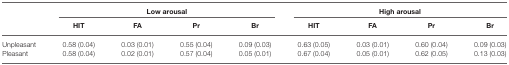
<table><thead><tr><td></td><td colspan="4"><b>Low arousal</b></td><td colspan="4"><b>High arousal</b></td></tr><tr><td></td><td><b>HIT</b></td><td><b>FA</b></td><td><b>Pr</b></td><td><b>Br</b></td><td><b>HIT</b></td><td><b>FA</b></td><td><b>Pr</b></td><td><b>Br</b></td></tr></thead><tbody><tr><td>Unpleasant</td><td>0.58 (0.04)</td><td>0.03 (0.01)</td><td>0.55 (0.04)</td><td>0.09 (0.03)</td><td>0.63 (0.05)</td><td>0.03 (0.01)</td><td>0.60 (0.04)</td><td>0.09 (0.03)</td></tr><tr><td>Pleasant</td><td>0.58 (0.04)</td><td>0.02 (0.01)</td><td>0.57 (0.04)</td><td>0.05 (0.01)</td><td>0.67 (0.04)</td><td>0.05 (0.01)</td><td>0.62 (0.05)</td><td>0.13 (0.03)</td></tr></tbody></table>